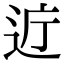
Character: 𫐤